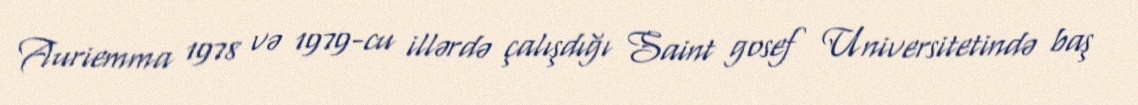
Auriemma 1978 və 1979-cu illərdə çalışdığı Saint gosef Universitetində baş